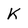
Character: K